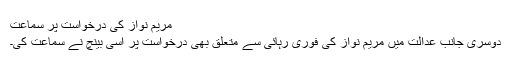
مریم نواز کی درخواست پر سماعت
دوسری جانب عدالت میں مریم نواز کی فوری رہائی سے متعلق بھی درخواست پر اسی بینچ نے سماعت کی۔